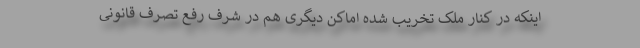
اینکه در کنار ملک تخریب شده اماکن دیگری هم در شرف رفع تصرف قانونی